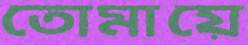
তোমায়ে